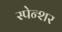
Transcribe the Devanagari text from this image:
स्पेन्शर